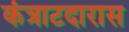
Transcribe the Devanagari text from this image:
कंत्राटदारास